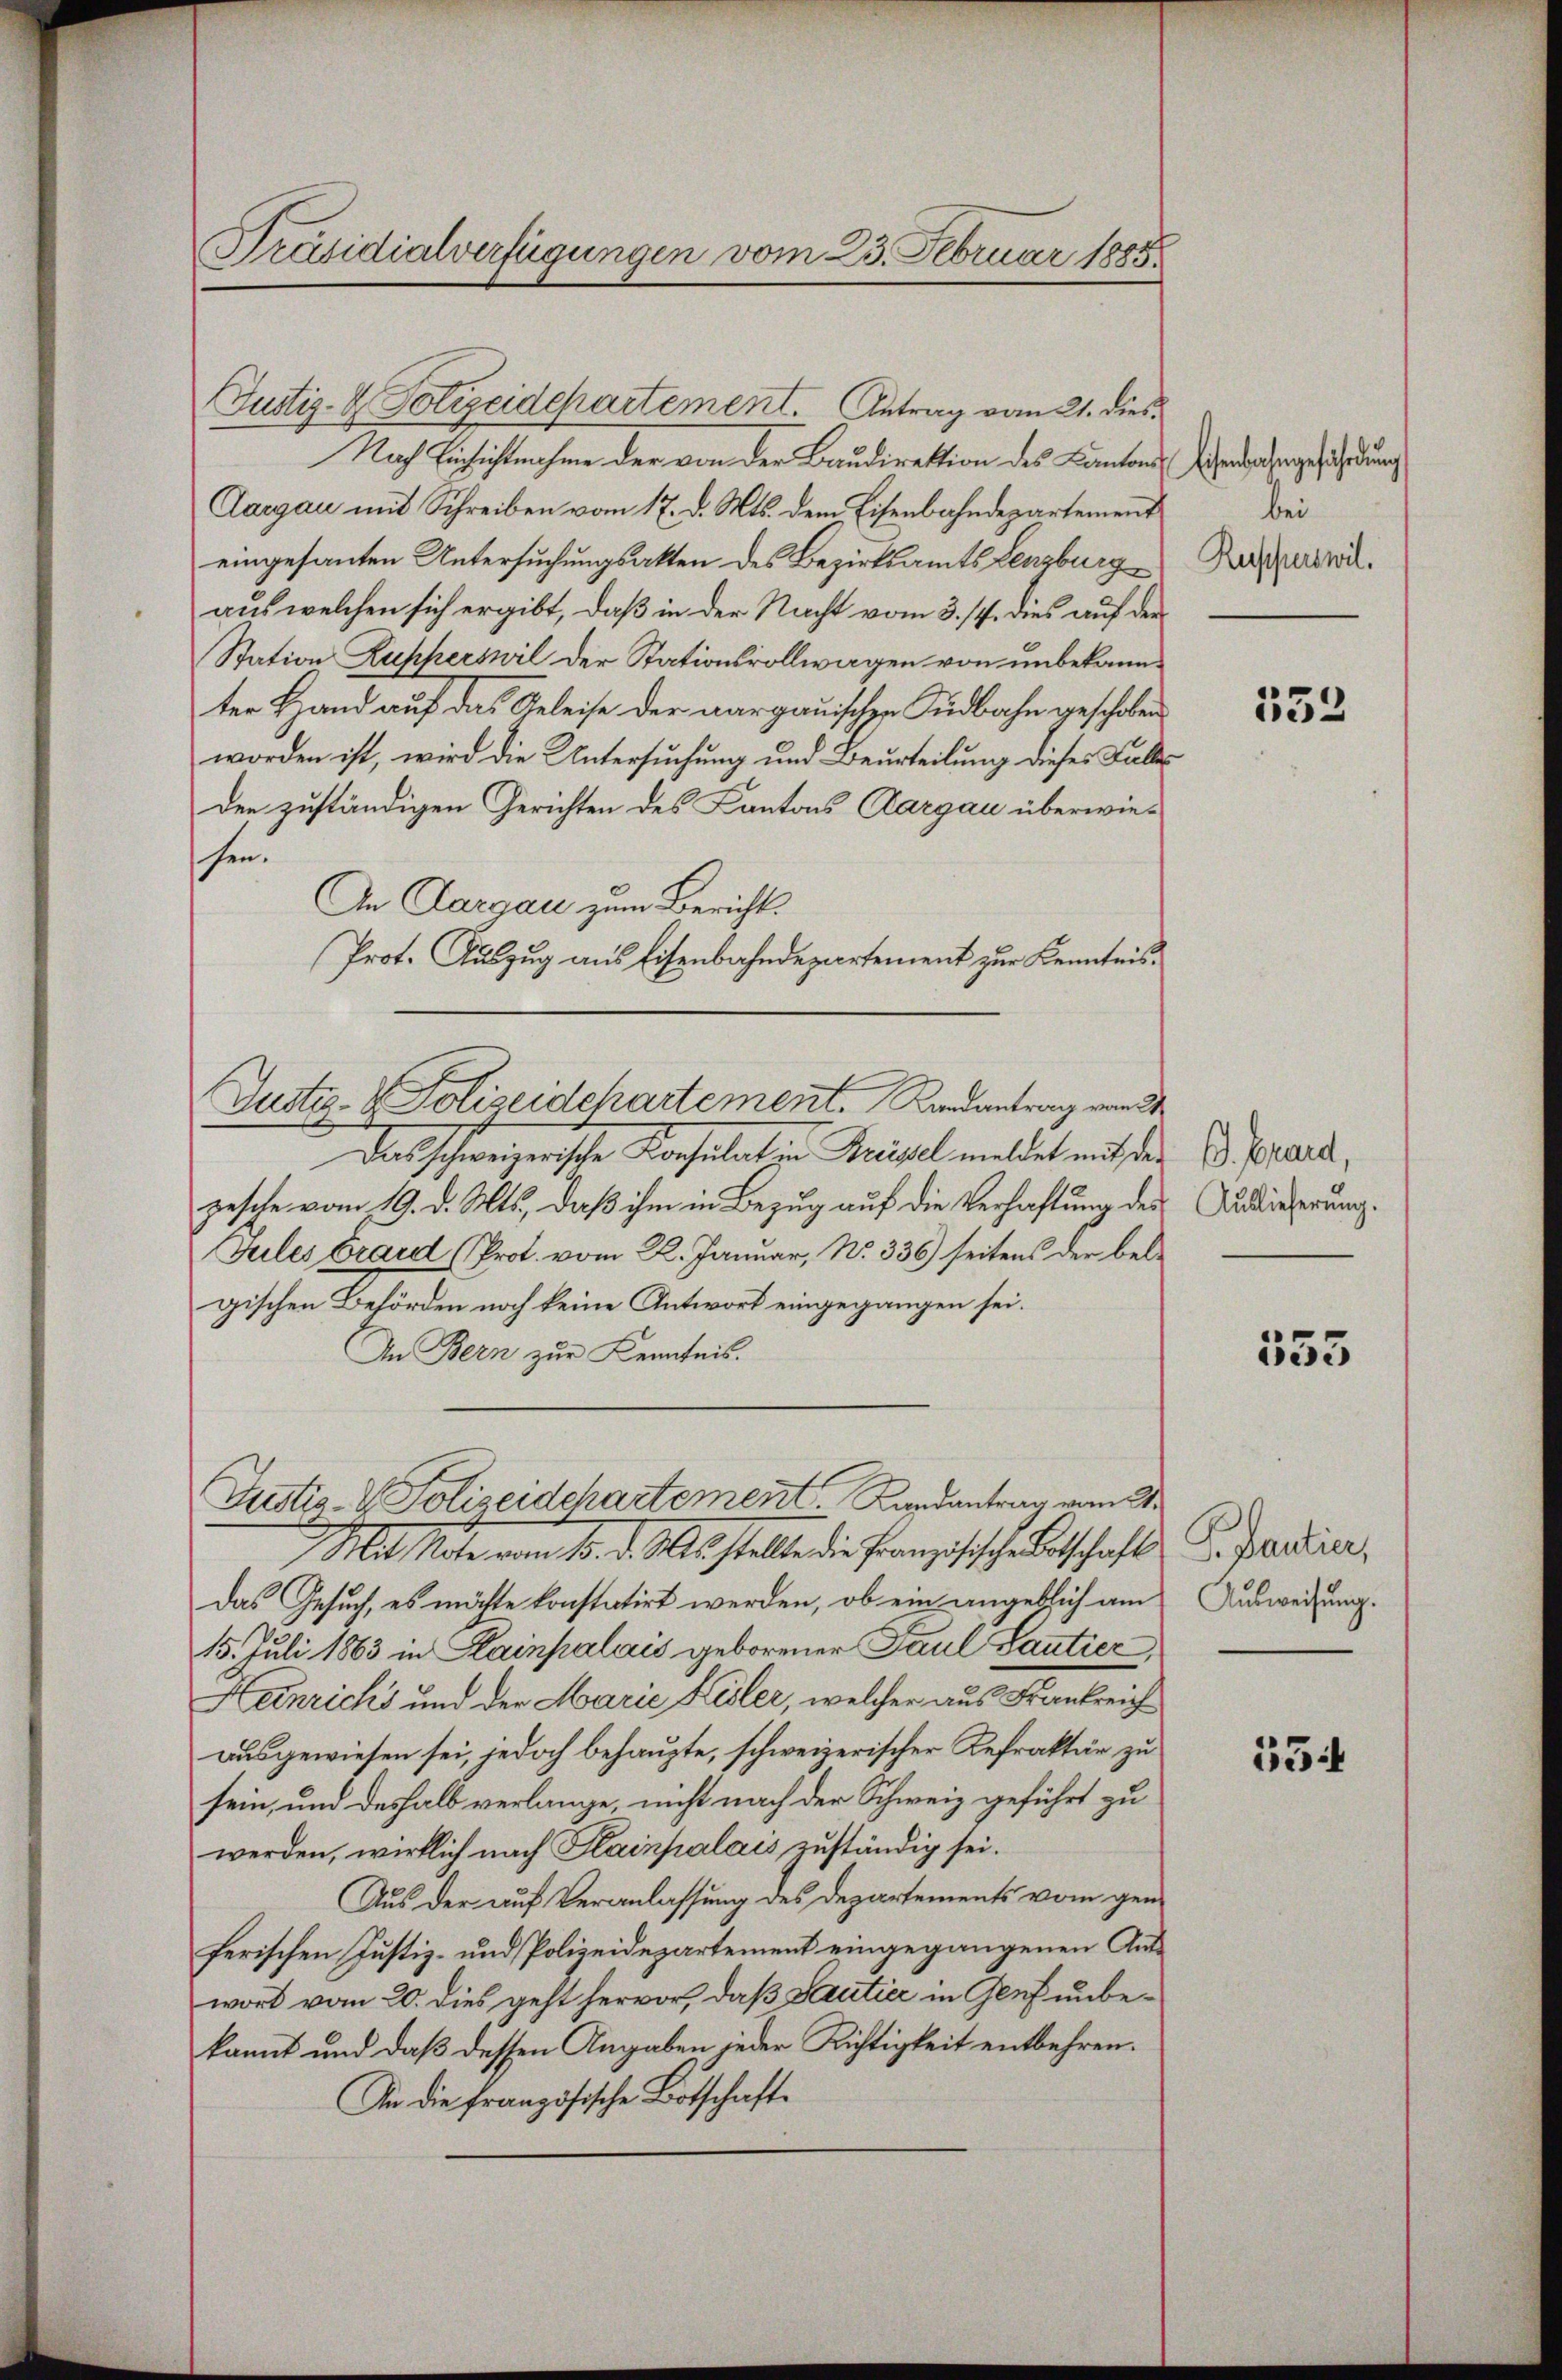
Präsidialverfügungen vom 23. Februar 1885

Justiz- & Polizeidepartement. Antrag vom 21. dies¬
Nach Einsichtnahme der von der Baudirektion des Kantons¬
Aargau mit Schreiben vom 17. d. Mts. dem Eisenbahndepartement
eingesanten Untersuchungsakten des Bezirksamts Lenzburg
aus welchen sich ergibt, daß in der Nacht vom 3. 17. dies auf der
Station Rupperswil der Stationsvollwagen von unbekannter Hand auf das Geleise der aargauischen Südbahn geschoben
worden ist, wird die Untersuchung und Beurteilung dieses Falleden zuständigen Gerichten des Cantons Aargau überwieschen.
An Aargau zum Berichts
Prot. Auszug aus Eisenbahndepartement zur Kenntnis¬
Justiz- & Polizeidchartement. Randantrag von 24
Das schweizerische Konsulat in Brisel meldet mit der
pesche vom 19. d. Mts., daß ihm in Bezug auf die Verhaftung des
Gules Brand (Prot. vom 2. Januar, No. 336) seitens der belgischen Behörden noch keine Antwort eingegangen sei.
An Bern zur Kenntnis.

Justiz- & Polizeidchartement. Landantrag vom 21.

Mit Note vom 16. d. Ms. stellte die Französische Botschaft G. Indier,
Das Gesuch, es möchte konstatirt werden, ob ein angeblich am Ausweisung.
15. Juli 1863 in Hainpalais geborener Paul Lantier,
Heinrichs und der Marie Kisler, welcher aus Frankreich
ausgewiesen sei, jedoch behaupte, schweizerischer Refraktär zu
sein, und deshalb verlange, nicht nach der Schweiz geführt zu
werden, wirklich nach Hainpalais zuständig sei.
Aus der auf Veranlassung des Departements vom gen
ferischen Justiz- und Polizeidepartement eingegangenen Auswort vom 20. dies geht hervor, daß Sautier in Genf unbekannt und daß dessen Angaben jeder Richtigkeit entbehren.
An die Französische Botschaft¬

Eisenbahngefährdung
bei
Resperswil.

552

B. Brand,
Auslieferung.

553

354